Vaccination in Bombay 1856-1862 - 1856-1862
Year: 1856
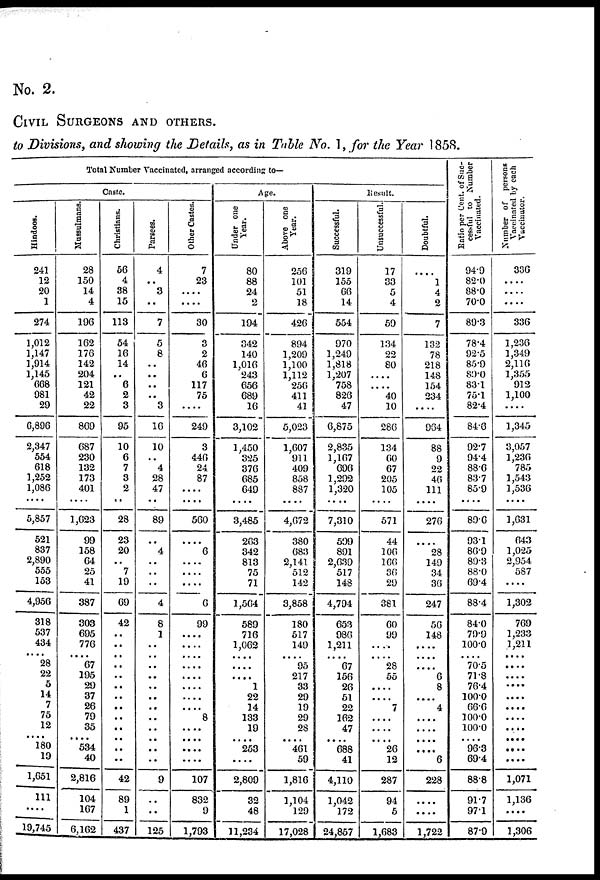
No. 2.
CIVIL SURGEONS AND OTHERS.
to Divisions, and showing the Details, as in Table No. 1, for the Year 1858.
Total Number Vaccinated, arranged according to—
Caste
Hindoos.
241
12
20
1
274
1,012
1,147
1,914
1,145
668
981
29
6,896
2,347
554
618
1,252
1,086
....
5,857
521
837
2,890
555
153
4,956
318
537
434
....
28
22
5
14
7
75
12
.... 180
19
1,651
111
....
19,745
Mussulmans.
28
150
14
4
196
162
176
142
204
121
42
22
869
687
230
132
173
401
....
1,623
99
158
64
25
41
387
303
695
776
....
67
195
29
37
26
79
35
.... 534
40
2,816
104
167
6,162
Christians.
56
4
38
15
113
54
16
14
..
6
2
3
95
10
6
7
3
2
..
28
23
20
..
7
19
69
42
..
..
..
..
..
. .
. .
..
..
. .
..
..
..
42
89
1
437
Parsees.
4
..
3
..
7
5
8
..
..
..
..
3
16
10
..
4
28
47
..
89
..
4
..
..
..
4
8
1
..
..
..
..
..
..
..
..
..
..
9
..
..
125
Other Castes.
7
23
....
....
30
3
2
46
6
117
75
....
249
3
446
24
87
....
....
560
....
6
....
....
....
6
99
....
....
....
....
....
....
..
....
8
..
. . . .
....
....
107
832
9
1,793
Age.
Under one
Year.
80
88
24
2
194
342
140
1,016
243
656
689
16
3,102
1,450
325
376
685
649
....
3,485
263
342
813
75
71
1,564
589
716
1,062
....
. . ..
1
22
14
133
19
. . . .
253
....
2,809
32
48
11,234
Above one
Year.
256
101
51
18
426
894
1,209
1,100
1,112
256
411
41
5,023
1,607
911
409
858
887
....
4,672
380
683
2,141
512
142
3,858
180
517
149
....
95
217
33
29
19
29
28
.... 461
59
1,816
1,104
129
17,028
Result.
Successful.
319
155
66
14
554
970
1,249
1,818
1,207
758
826
47
6,875
2,835
1,167
696
1,292
1,320
....
7,310
599
891
2,639
517
148
4,794
653
986
1,211
....
67
156
26
51
22
162
47
..
688
41
4,110
1,042
172
24,857
Unsuccessful.
17
33
5
4
59
134
22
80
....
....
40
10
286
134
60
67
205
105
....
571
44
106
166
36
29
381
60
99
....
....
28
55
....
....
7
....
....
....
26
12
287
94
5
1,683
Doubtful.
....
1
4
2
7
132
78
218
148
154
234
....
964
88
9
22
46
111
....
276
....
28
149
34
36
247
56
148
....
....
....
6
8
....
4
....
....
....
....
6
228
....
....
1,722
Ratio per Cent. of Suc-
cessful to Number
Vaccinated.
94.9
82.0
88.0
70.0
89.3
78.4
92.5
85.9
89.0
83.1
75.1
82.4
84.6
92.7
94.4
88.6
83.7
85.9
....
89.6
93.1
869
89.3
88.0
69.4
88.4
84.0
799
100.0
....
70.5
71.3
76.4
100.0
66.6
100.0
100.0
.... 96.3
69.4
88.8
91.7
97.1
87.9
Number of persons
Vaccinated by each
Vaccinator.
336
....
....
....
336
1,236
1,349
2,116
1,355
912
1,100
....
1,345
3,057
1,236
785
1,543
1,536
....
1,631
643
1,025
2,954
587
....
1,302
769
1,233
1,211
....
....
....
....
....
....
....
....
....
....
....
1,071
1,136
....
1,306